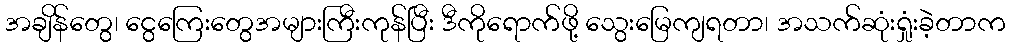
အချိန်တွေ၊ ငွေကြေးတွေအများကြီးကုန်ပြီး ဒီကိုရောက်ဖို့ သွေးမြေကျရတာ၊ အသက်ဆုံးရှုံးခဲ့တာက